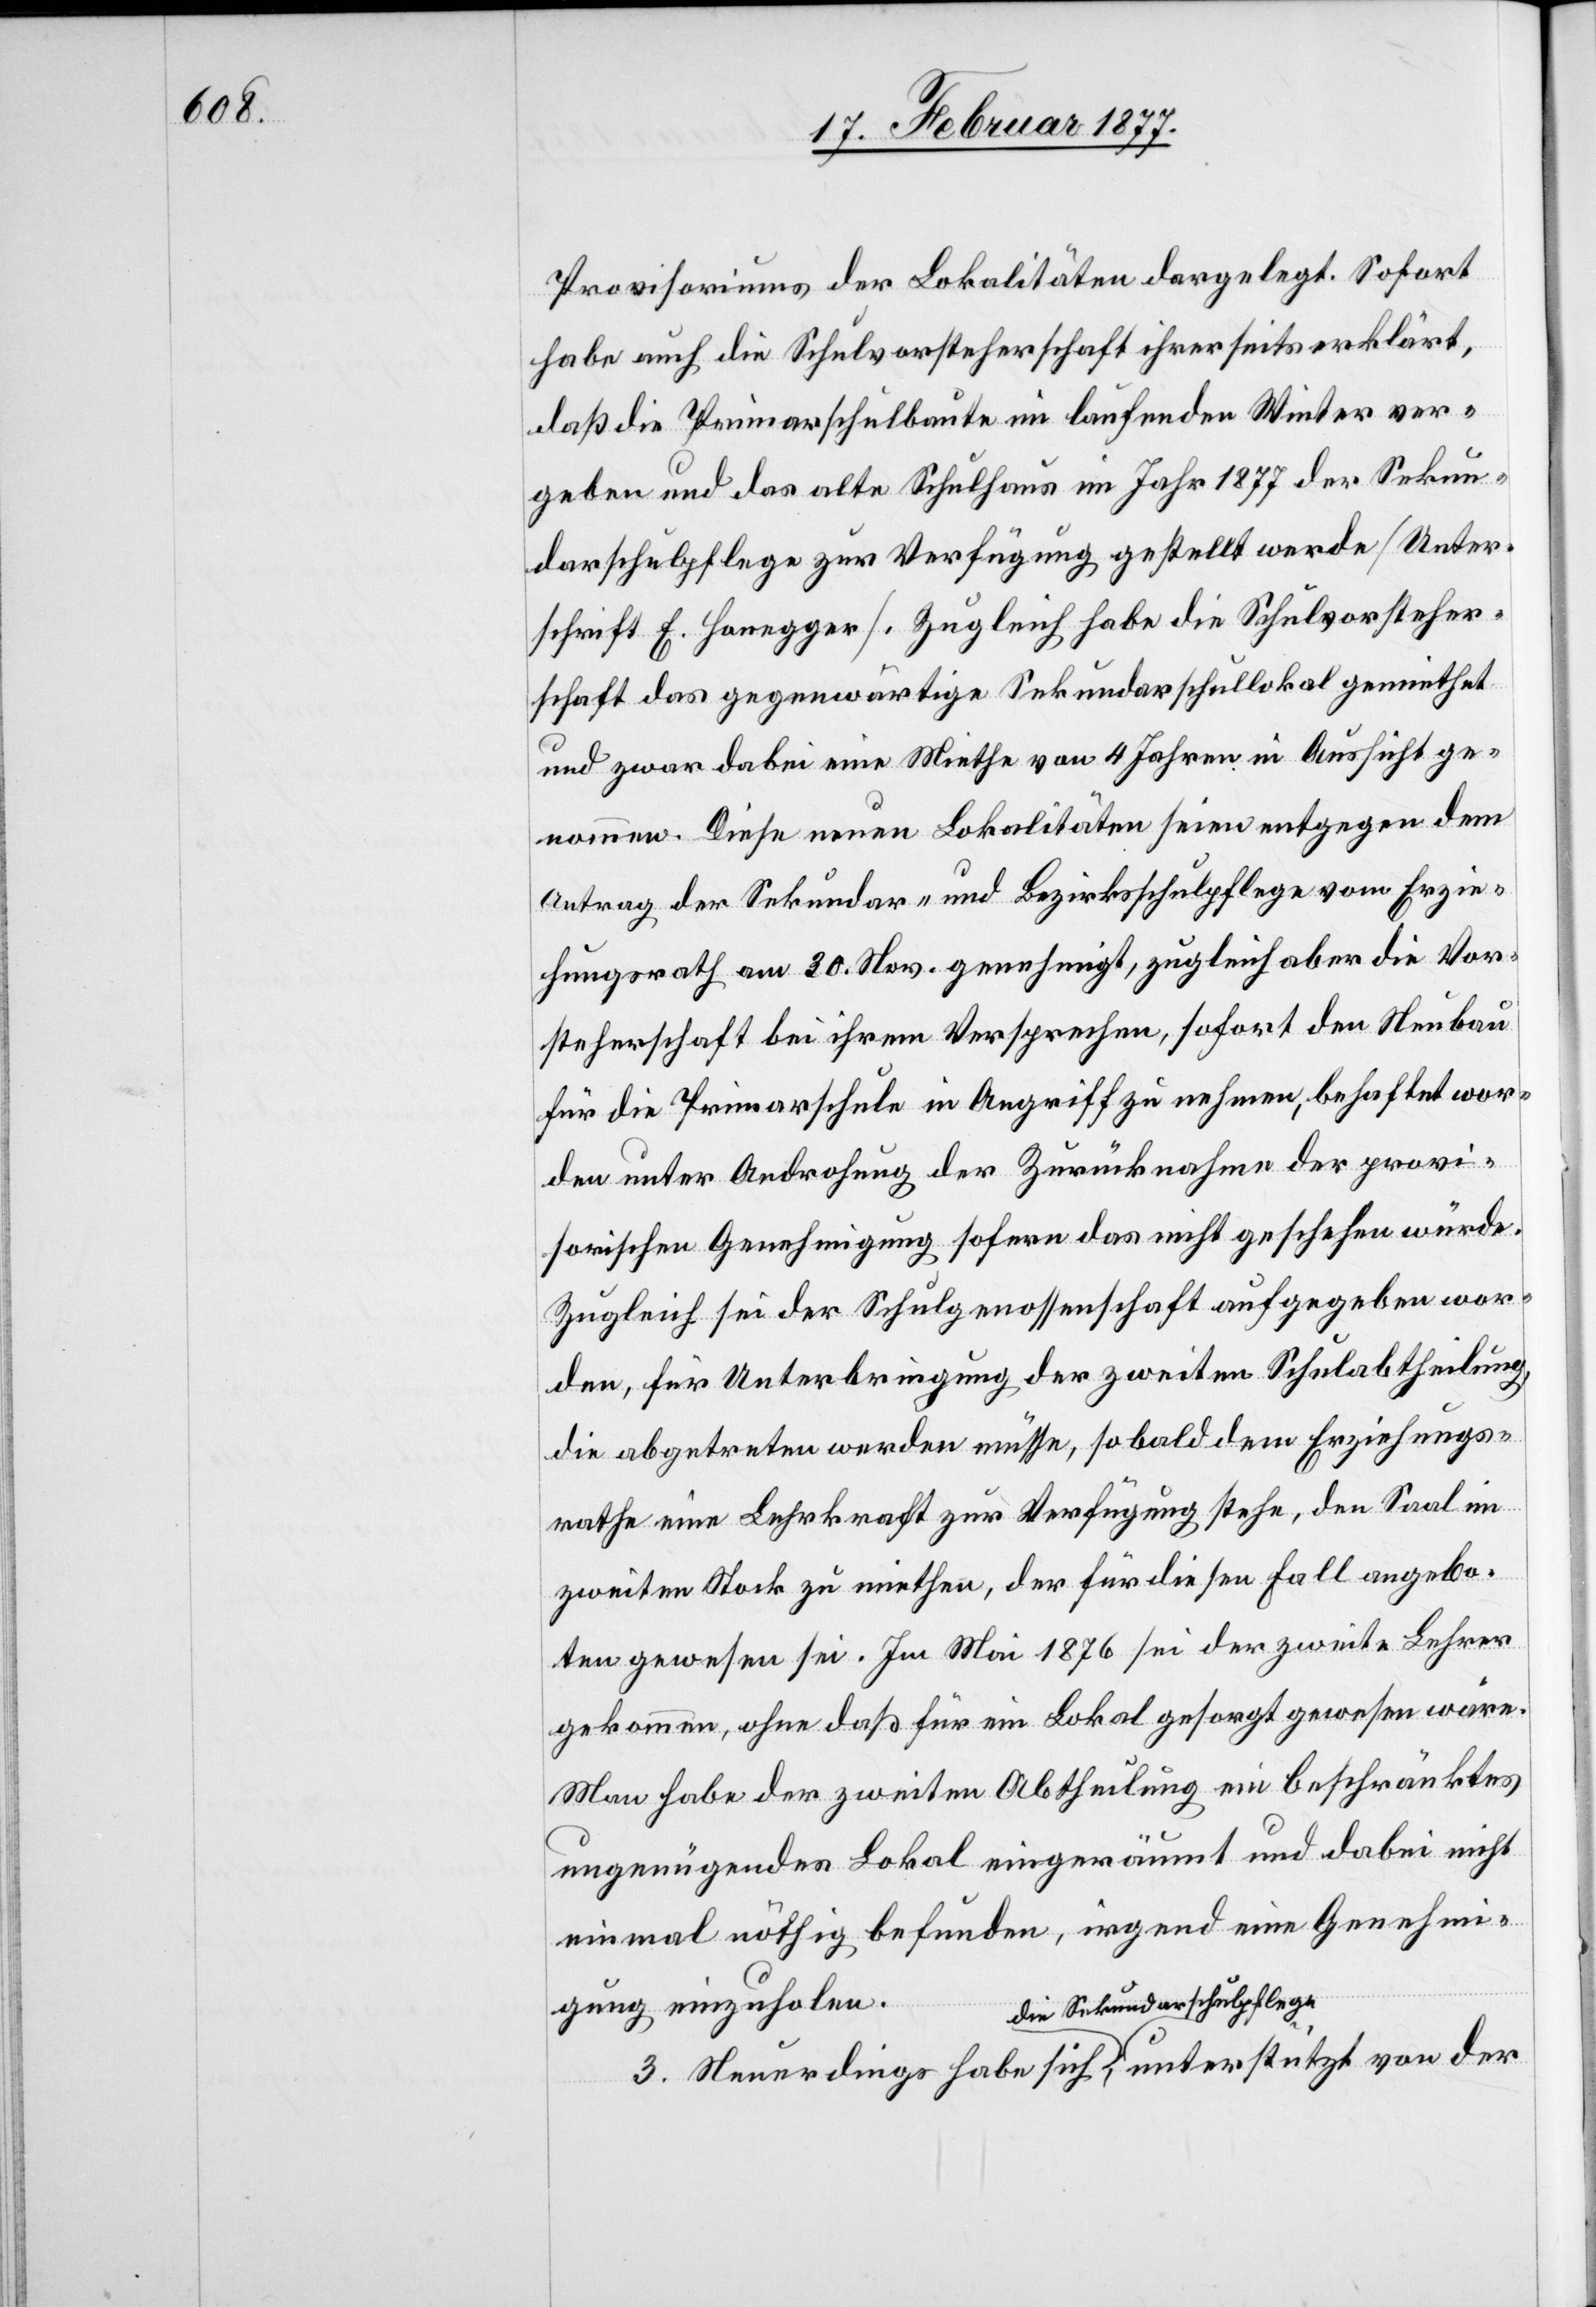
Provisoriums der Lokalitäten dargelegt. Sofort
habe auch die Schulvorsteherschaft ihrerseits erklärt,
daß die Primarschulbaute im laufenden Winter ver¬
geben und das alte Schulhaus im Jahr 1877 der Sekun¬
darschulpflege zur Verfügung gestellt werde [Unter¬
schrift E. Honegger]. Zugleich habe die Schulvorsteher¬
schaft das gegenwärtige Sekundarschullokal gemiethet
und zwar dabei eine Miethe von 4 Jahren in Aussicht ge¬
nommen. Diese neuen Lokalitäten seien entgegen dem
Antrag der Sekundar- und Bezirksschulpflege vom Erzie¬
hungsrath am 30. Nov. genehmigt, zugleich aber die Vor¬
steherschaft bei ihrem Versprechen, sofort den Neubau
für die Primarschule in Angriff zu nehmen, behaftet wor¬
den unter Androhung der Zurücknahme der provi¬
sorischen Genehmigung sofern das nicht geschehen würde.
Zugleich sei der Schulgenossenschaft aufgegeben wor¬
den, für Unterbringung der zweiten Schulabtheilung,
die abgetreten werden müsse, sobald dem Erziehungs¬
rathe eine Lehrkraft zur Verfügung stehe, den Saal im
zweiten Stock zu miethen, der für diesen Fall angebo¬
ten gewesen sei. Im Mai 1876 sei der zweite Lehrer
gekommen, ohne daß für ein Lokal gesorgt gewesen wäre.
Man habe der zweiten Abteilung ein beschränktes
ungenügendes Lokal eingeräumt und dabei nicht
einmal nöthig befunden, irgend eine Genehmi¬
gung einzuholen.
3. Neuerdings habe sich die Sekundarschulpflege,